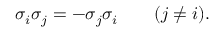
\sigma _ { i } \sigma _ { j } = - \sigma _ { j } \sigma _ { i } \qquad ( j \neq i ) .